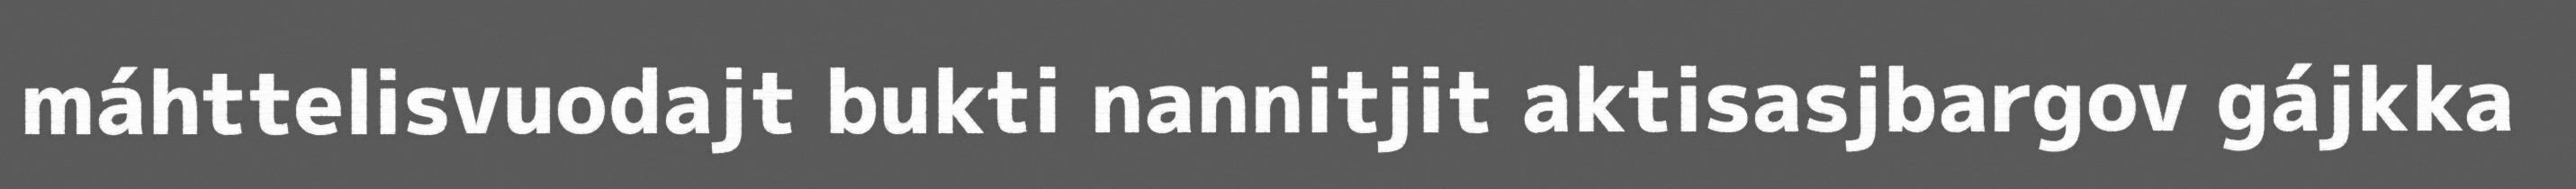
máhttelisvuodajt bukti nannitjit aktisasjbargov gájkka